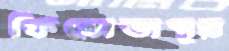
ফিরোজপুর